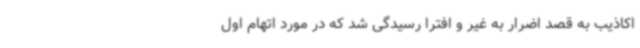
اکاذیب به قصد اضرار به غیر و افترا رسیدگی شد که در مورد اتهام اول